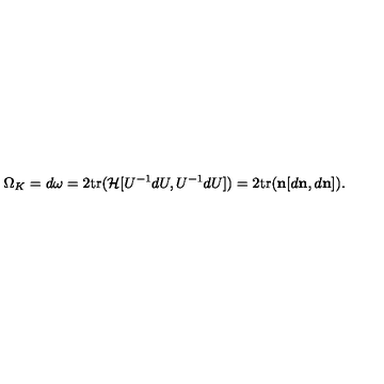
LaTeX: \Omega _ { K } = d \omega = 2 \mathrm { t r } ( { \cal H } [ U ^ { - 1 } d U , U ^ { - 1 } d U ] ) = 2 \mathrm { t r } ( { \bf n } [ d { \bf n } , d { \bf n } ] ) .